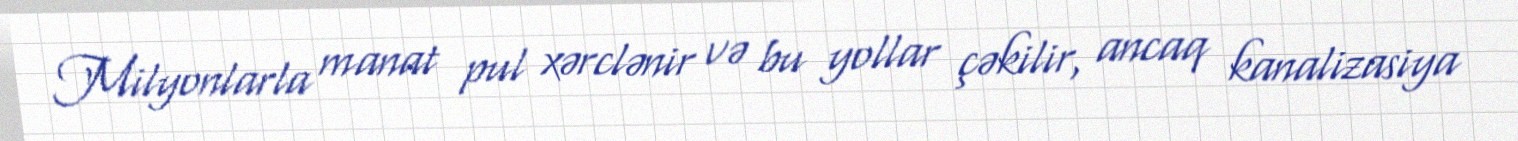
Milyonlarla manat pul xərclənir və bu yollar çəkilir, ancaq kanalizasiya